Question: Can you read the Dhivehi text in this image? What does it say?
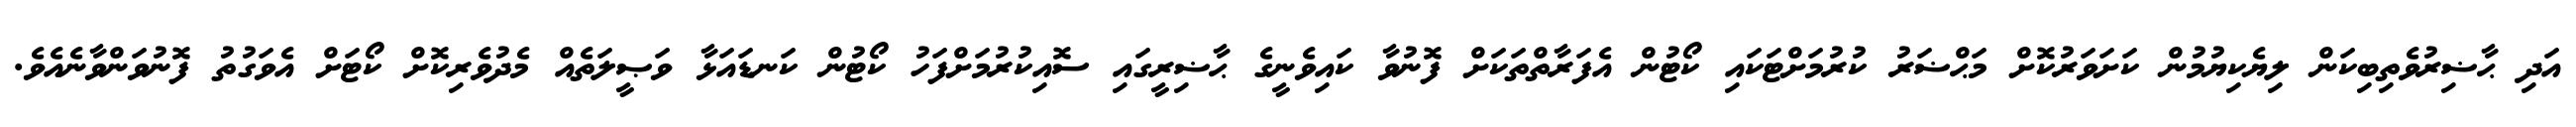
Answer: އަދި ޙާޟިރުވެތިބިކަން ލިޔެކިޔުމުން ކަށަވަރުކޮށް މަޙްޟަރު ކުރުމަށްޓަކައި ކޯޓުން އެފަރާތްތަކަށް ފޮނުވާ ކައިވެނީގެ ޙާޟިރީގައި ސޮއިކުރުމަށްފަހު ކޯޓުން ކަނޑައަޅާ ވަޞީލަތެއް މެދުވެރިކޮށް ކޯޓަށް އެވަގުތު ފޮނުވަންވާނެއެވެ.